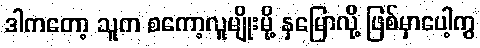
ဒါကတော့ သူက စကော့လူမျိုးမို့ နှမြောလို့ ဖြစ်မှာပေါ့ကွ